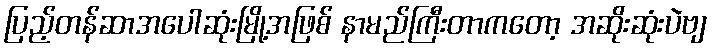
ပြည့်တန်ဆာအပေါဆုံးမြို့အဖြစ် နာမည်ကြီးတာကတော့ အဆိုးဆုံးပဲဗျ